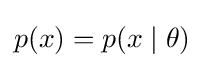
p(x)=p(x\mid \theta )